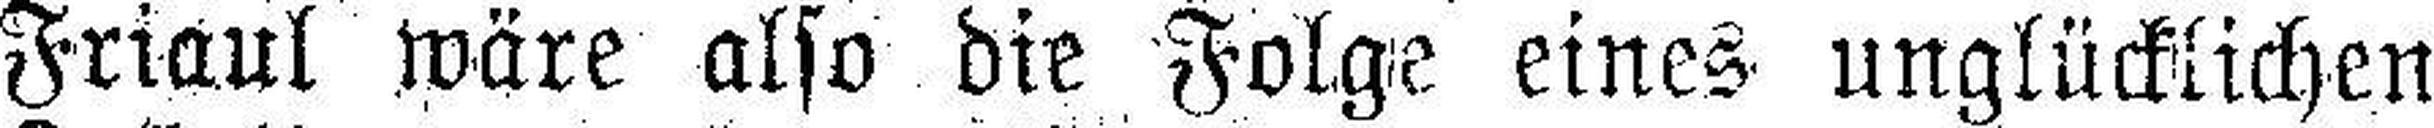
Friaul wäre also die Folge eines unglücklichen